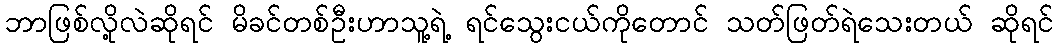
ဘာဖြစ်လို့လဲဆိုရင် မိခင်တစ်ဦးဟာသူ့ရဲ့ ရင်သွေးငယ်ကိုတောင် သတ်ဖြတ်ရဲသေးတယ် ဆိုရင်